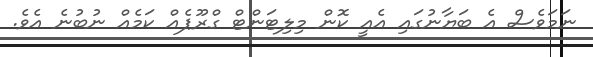
ނަމަވެސް އެ ބަޔާނުގައި އެއީ ކޮން މިލިޓަންޓް ގްރޫޕެއް ކަމެއް ނުބުނެ އެވެ.